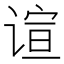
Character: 𬤎